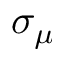
\sigma _ { \mu }